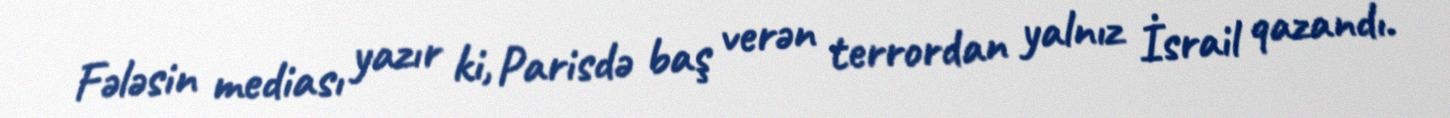
Fələsin mediası yazır ki, Parisdə baş verən terrordan yalnız İsrail qazandı.